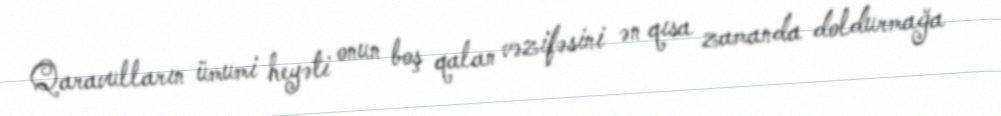
Qaravulların ümumi heyəti onun boş qalan vəzifəsini ən qısa zamanda doldurmağa